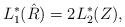
LaTeX: \begin{align*} L^*_1(\hat R) = 2 L^*_2(Z),\end{align*}